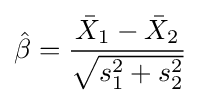
{\hat {\beta }}={\frac {{\bar {X}}_{1}-{\bar {X}}_{2}}{\sqrt {s_{1}^{2}+s_{2}^{2}}}}